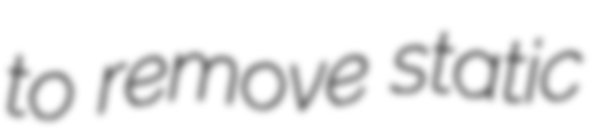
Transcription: to remove static